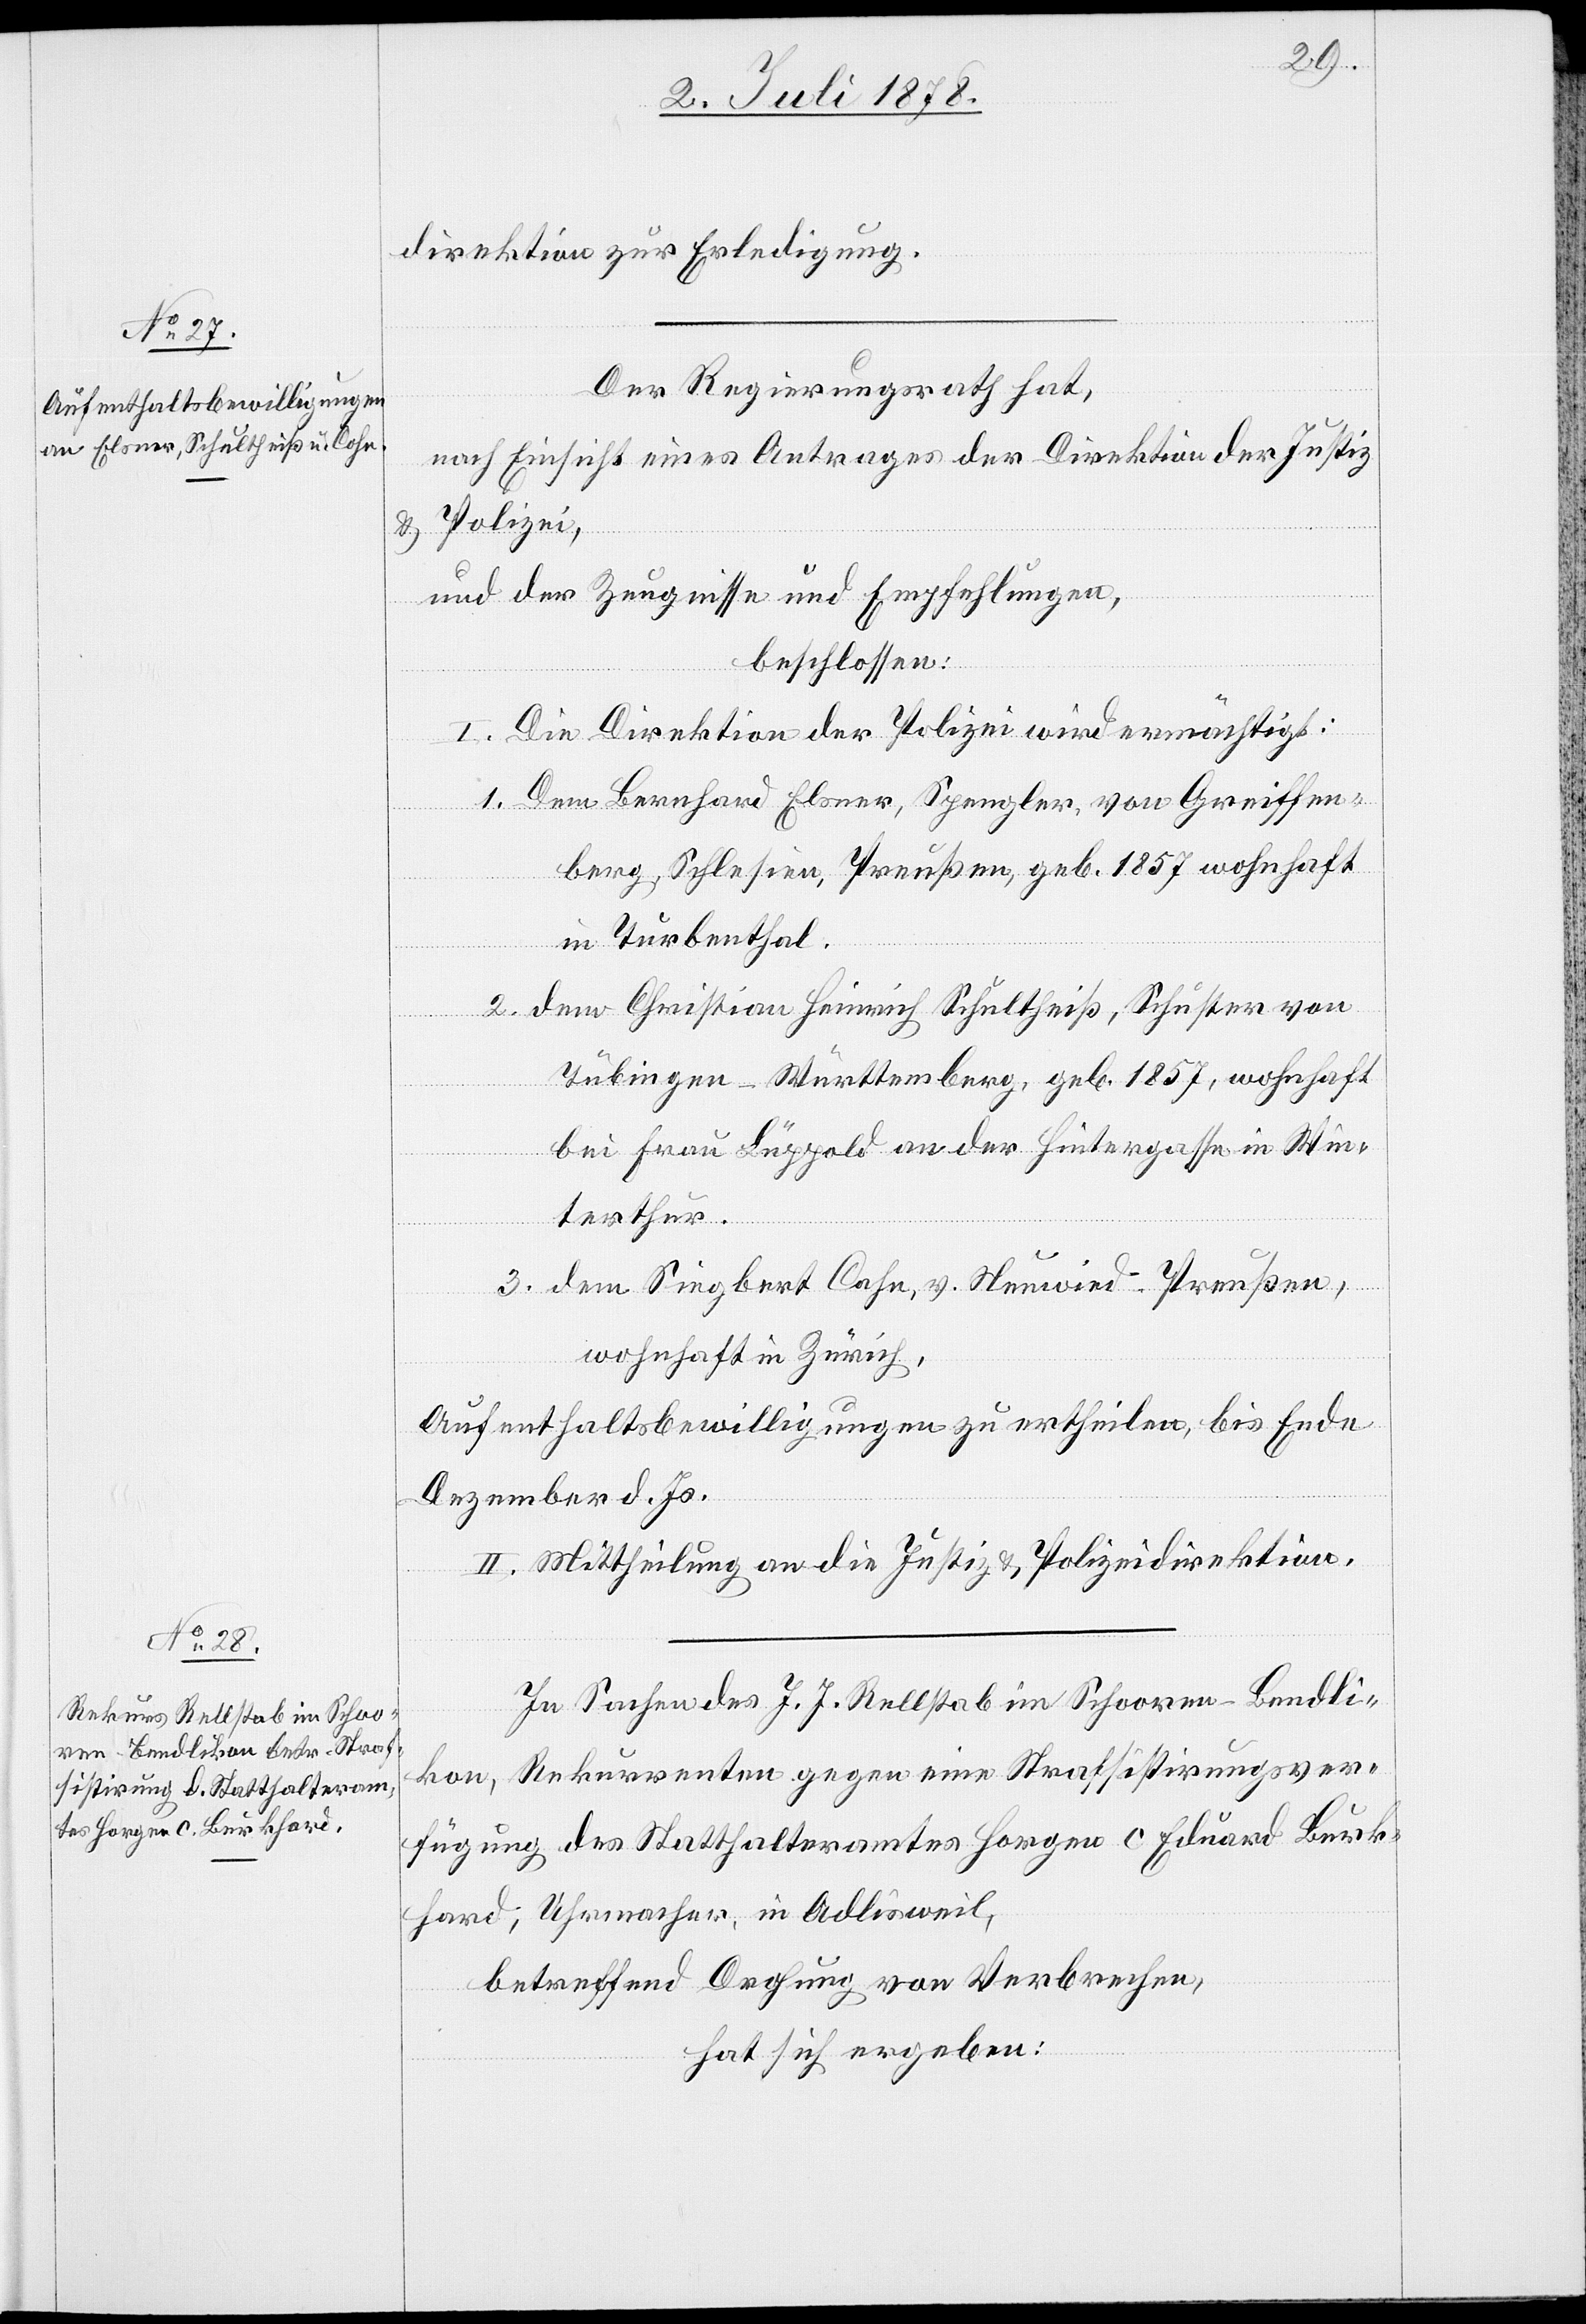
direktion zur Erledigung.
Der Regierungsrath hat,
nach Einsicht eines Antrages der Direktion der Justiz
& Polizei,
und der Zeugnisse und Empfehlungen,
beschlossen:
I. Die Direktion der Polizei wird ermächtigt:
1. Dem Bernhard Elsner, Spengler, von Greiffen¬
berg, Schlesien, Preußen, geb. 1857 wohnhaft
in Turbenthal.
2. dem Christian Heinrich Schultheiß, Schuster von
Tübingen - Württemberg, geb. 1857, wohnhaft
bei Frau Lüppold an der Hintergasse in Win¬
terthur.
ßen,
Preu¬
wohnhaft in Zürich,
Aufenthaltsbewilligungen zu ertheilen, bis Ende
Dezember d. Js.
II. Mittheilung an die Justiz- & Polizeidirektion.
In Sachen des J. J. Rellstab in Schooren - Bendli¬
kon, Rekurrenten gegen eine Strafsistirungsver¬
fügung des Statthalteramtes Horgen c Eduard Burk¬
hard, Uhrmacher, in Adlisweil,
betreffend Drohung von Verbrechen,
hat sich ergeben: